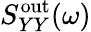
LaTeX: S_{YY}^{\mathrm{out}}(\omega)